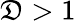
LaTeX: \mathfrak{D}>1